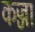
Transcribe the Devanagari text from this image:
कज्जा